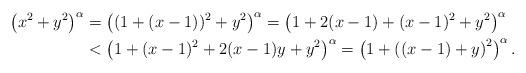
LaTeX: \begin{align*}\left(x^2+y^2\right)^\alpha&=\left((1+(x-1))^2+y^2\right)^\alpha =\left(1+2(x-1)+(x-1)^2+y^2\right)^\alpha\\&< \left(1+(x-1)^2+2(x-1)y+y^2\right)^\alpha=\left(1+\left((x-1)+y\right)^2\right)^\alpha.\end{align*}